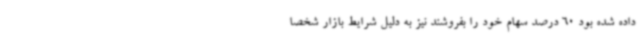
داده شده بود 60 درصد سهام خود را بفروشند نیز به دلیل شرایط بازار شخصا